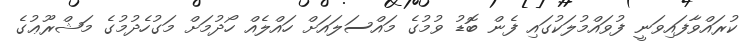
ކުރައްވާފައިވަނީ ފުވައްމުލަކުގައި ފެން ބޮޑު ވުމުގެ މައްސަލައަށް ހައްލެއް ހޯދުމަށް މަގުހެދުމުގެ މަޝްރޫޢުގެ